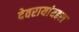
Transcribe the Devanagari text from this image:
देवरायांबद्दल